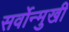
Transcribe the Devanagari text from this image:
सर्वोन्मुखी